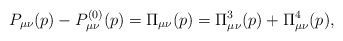
\begin{align*}P_{\mu\nu}(p) - P^{(0)}_{\mu\nu}(p) = \Pi_{\mu\nu}(p)=\Pi^3_{\mu\nu}(p)+\Pi^4_{\mu\nu}(p), \end{align*}